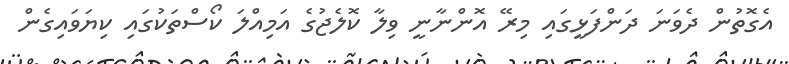
އެގޮތުން ދެވަނަ ދަންފަޅީގައި މިރޭ އޮންނާނީ ވިލާ ކޮލެޖުގެ އަމިއްލަ ކޯސްތަކުގައި ކިޔަވައިގެން